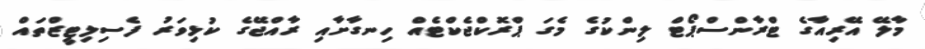
މާލޭ އޭރިއާގެ ޓްރާންސްޕޯޓް ލިންކުގެ މެގަ ޕްރޮކްޖެކްޓެއް ހިނގާށާއި ރާއްޖޭގެ ކުޅިވަރު ފެސިލިޓީޒްތައް